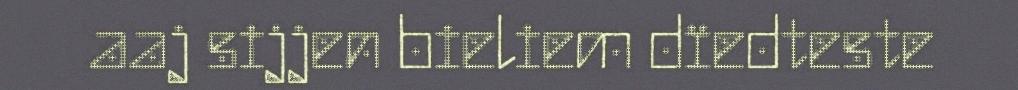
aaj sijjen bieliem dïedteste